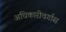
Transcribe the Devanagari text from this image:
अधिकारीवर्गास